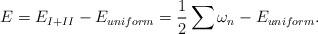
LaTeX: \begin{align*}E=E_{I+II}-E_{uniform}=\frac{1}{2}\sum \omega_n-E_{uniform}.\end{align*}